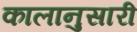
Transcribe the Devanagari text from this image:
कालानुसारी